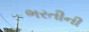
ભરતીની